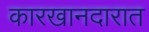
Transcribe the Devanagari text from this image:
कारखानदारात